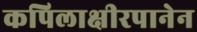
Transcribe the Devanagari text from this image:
कपिलाक्षीरपानेन